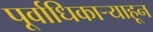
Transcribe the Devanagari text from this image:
पूर्वाधिकार्‍याहून